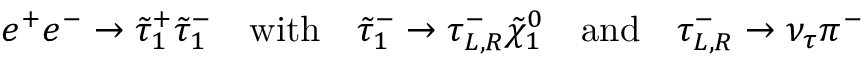
e ^ { + } e ^ { - } \to \tilde { \tau } _ { 1 } ^ { + } \tilde { \tau } _ { 1 } ^ { - } \quad \mathrm { w i t h } \quad \tilde { \tau } _ { 1 } ^ { - } \to \tau _ { L , R } ^ { - } \tilde { \chi } _ { 1 } ^ { 0 } \quad \mathrm { a n d } \quad \tau _ { L , R } ^ { - } \to \nu _ { \tau } \pi ^ { - }